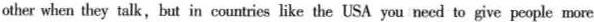
other when they talk,but in countries like the USA you need to give people more